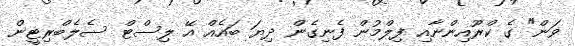
ވަން" ގެ ކްރޫއިންނާއި ފިލްމުން ފެނިގެން ދިޔަ ބައެއް އޭ ލިސްޓް ސެލެބްރިޓީން